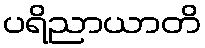
ပရိညာယာတိ